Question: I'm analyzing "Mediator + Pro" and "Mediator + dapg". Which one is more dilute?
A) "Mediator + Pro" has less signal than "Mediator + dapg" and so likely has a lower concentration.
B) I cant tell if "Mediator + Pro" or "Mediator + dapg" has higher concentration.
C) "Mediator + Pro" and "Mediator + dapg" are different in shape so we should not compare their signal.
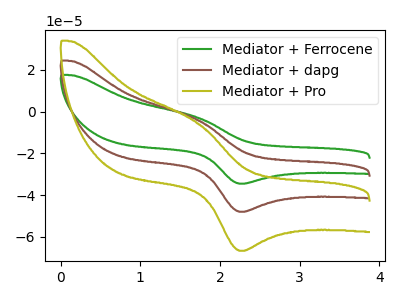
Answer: <think>The green curve "Mediator + Ferrocene" has an anodic peak at (1.70V, -7.30uA) and a cathodic peak at (2.30V, -95.95uA). The brown curve "Mediator + dapg" has an anodic peak at (1.70V, -3.65uA) and a cathodic peak at (2.30V, -47.95uA). The olive curve "Mediator + Pro" has an anodic peak at (1.70V, -5.05uA) and a cathodic peak at (2.30V, -66.65uA).
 All the peaks in "Mediator + Pro" have a peak in "Mediator + dapg" at the same potential.</think>
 <answer>B) I cant tell if "Mediator + Pro" or "Mediator + dapg" has higher concentration.</answer>
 <eval>B</eval>